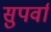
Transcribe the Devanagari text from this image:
सुपर्वा